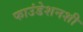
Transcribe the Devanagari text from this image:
फाउंडेशनशी